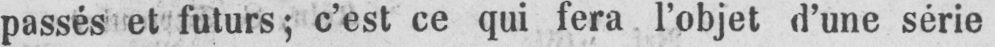
passés et futurs; c’est ce qui fera l’objet d’une série